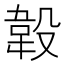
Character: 𣪡